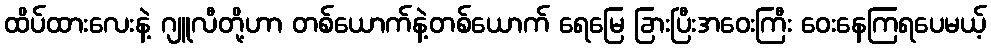
ထိပ်ထားလေးနဲ့ ဂျူလီတို့ဟာ တစ်ယောက်နဲ့တစ်ယောက် ရေမြေ ခြားပြီးအဝေးကြီး ဝေးနေကြရပေမယ့်